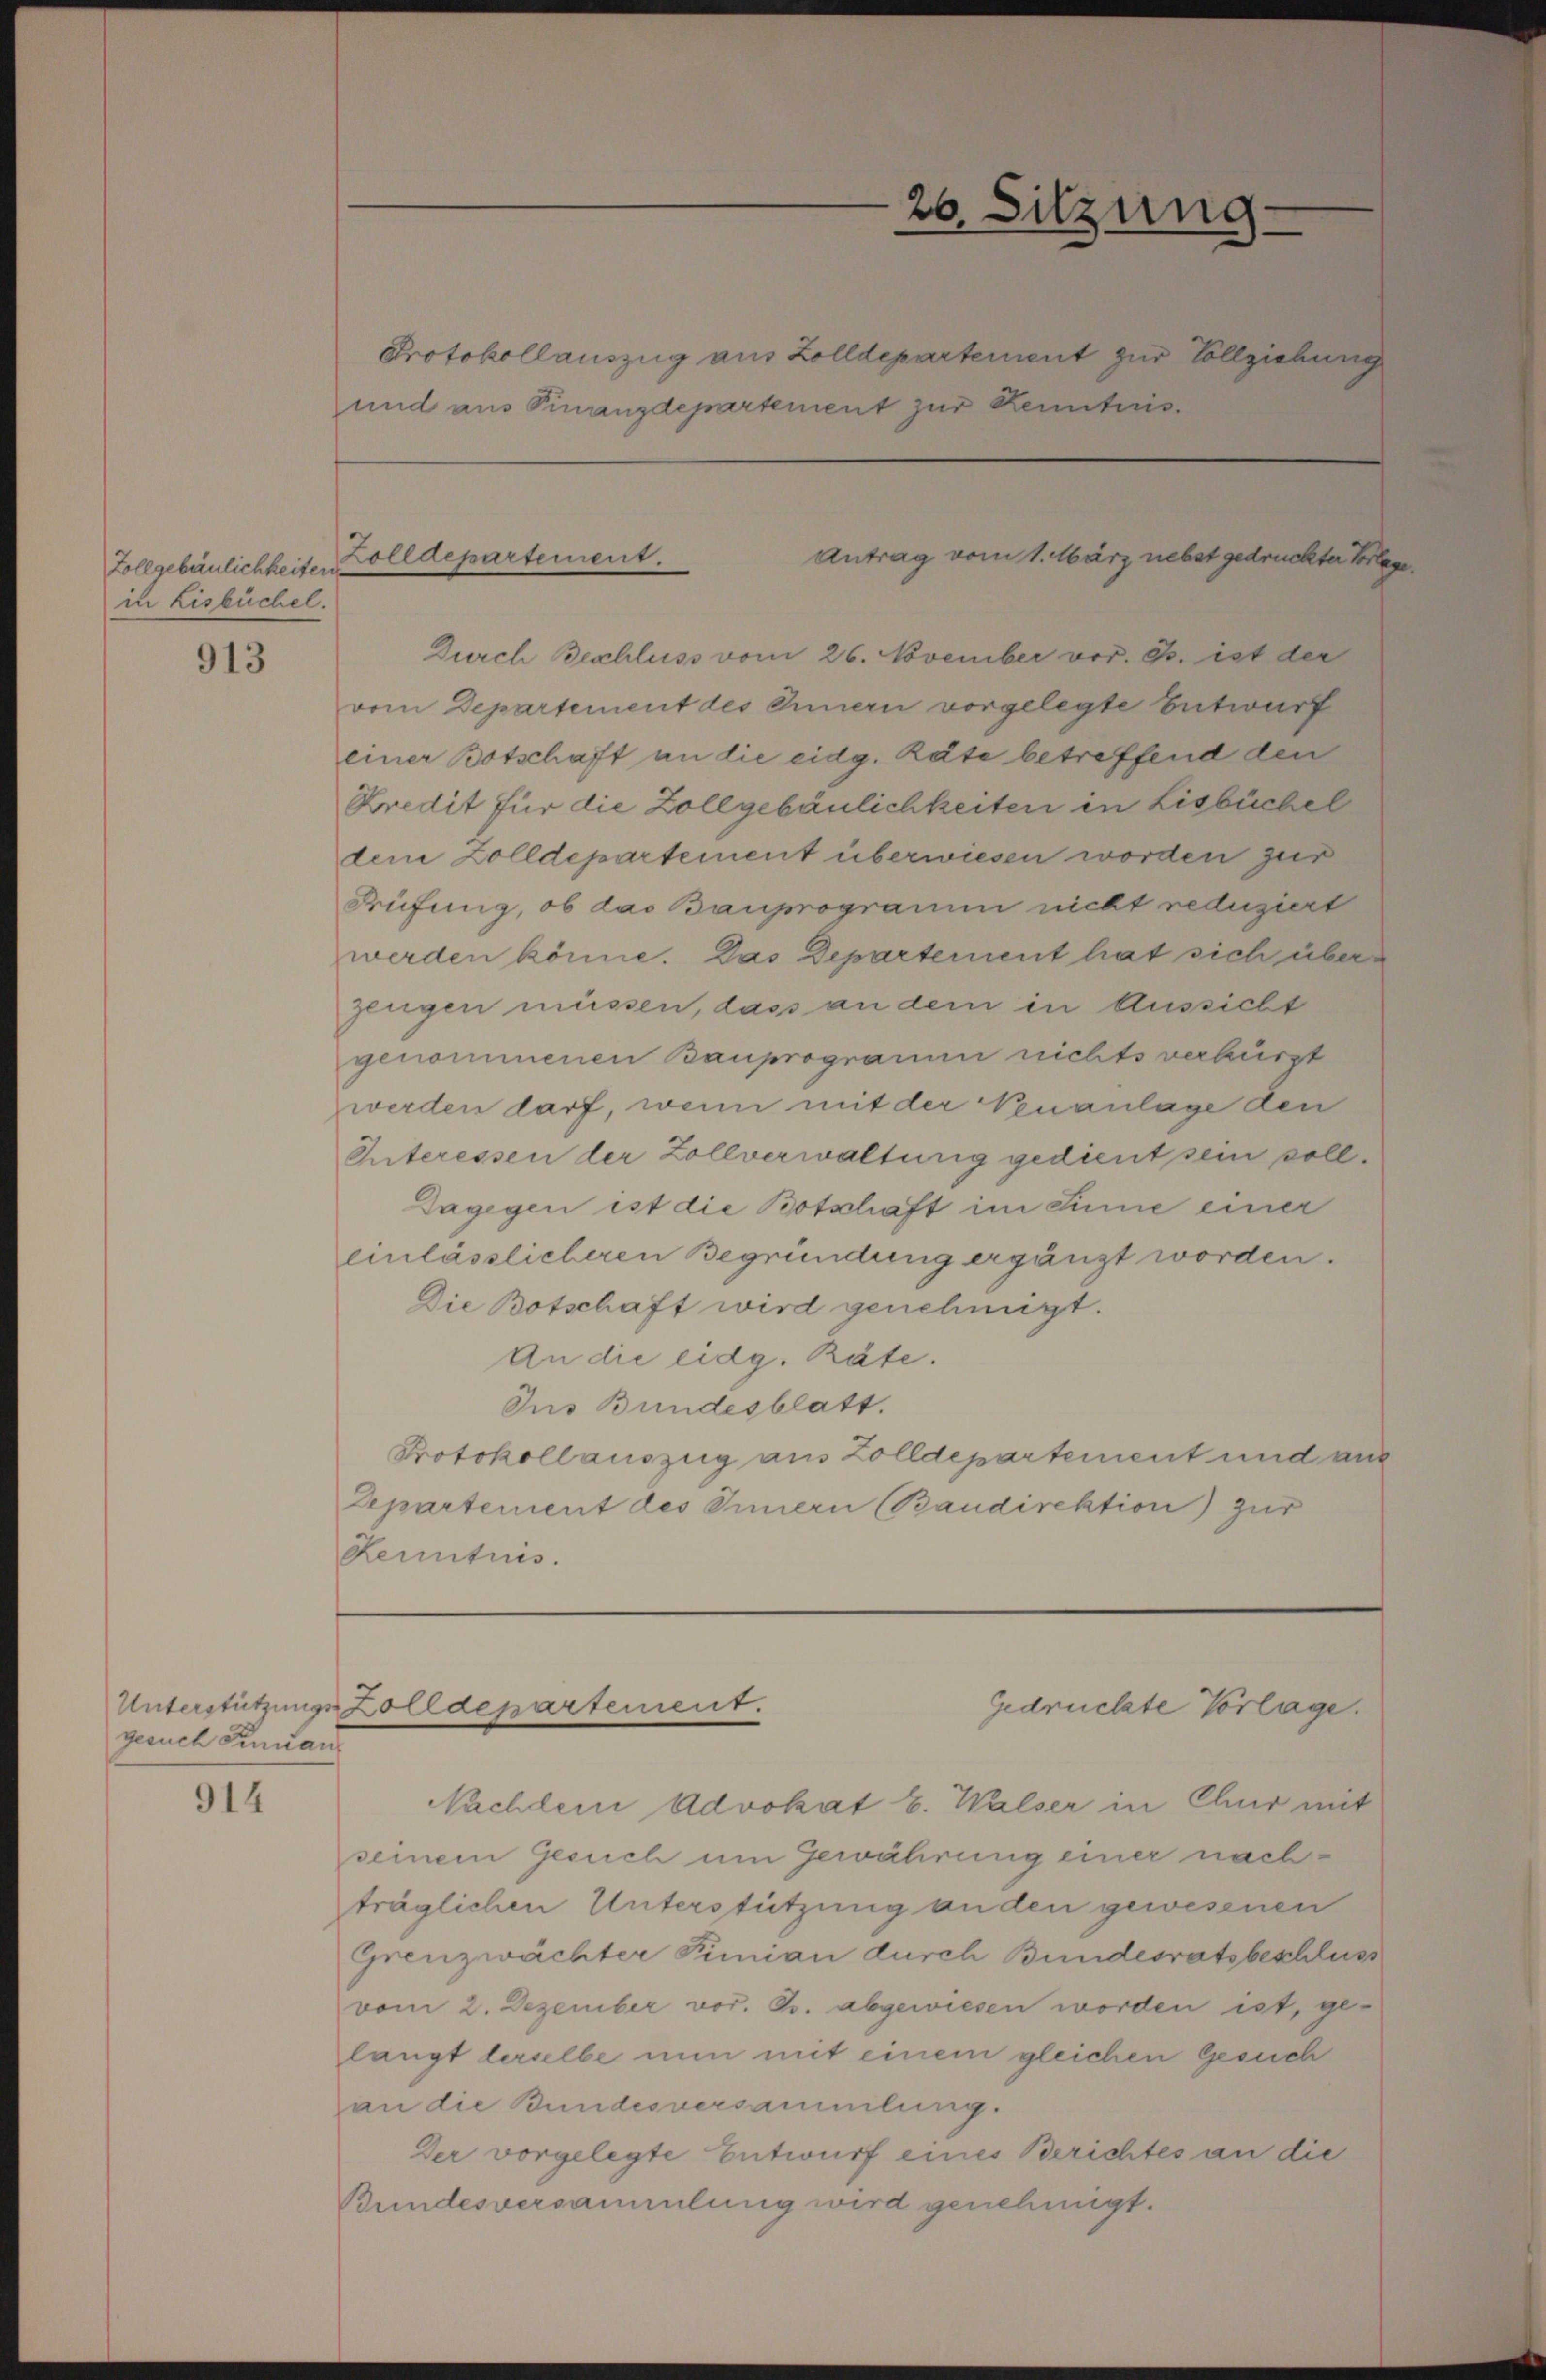
in Lisbüchel.

913

gesuch Finan

914

Protokollauszug aus Zolldepartement zur Vollziehung
und aus Finanzdepartement zur Kenntnis.

26. Sitzung

Antrag vom 1. März nebst gedruckter Vorlege.
Zollgebäulichkeiten alldepartement.

Durch Beschluss vom 26. November vor. Js. ist der
vom Departement des Innern vorgelegte Entwurf
einer Botschaft an die eidg. Räte betreffend den
Kredit für die Zollgebäulichkeiten in Lisbüchel
den Zolldepartement überwiesen worden zur
Prüfung, ob das Bauprogramm nicht reduziert
werden könne. Das Departement hat sich überzeugen müssen, dass an dem in Aussicht
genommenen Bauprogramm nichts verkürzt
werden darf, wenn mit der Venanlage den
Interessen der Zollverwaltung gedient sein soll.
Dagegen ist die Botschaft im Sinne einer
einlässlicheren Begründung ergänzt worden.
Die Botschaft wird genehmigt.
An die eidg. Räte.
Jus Bundesblatt.
Protokollauszug aus Zolldepartement und aus
Departement des Innern (Baudirektion) zur
Rerenturs.

Unterstützungen Zolldepartement.
Gedrückte Vorlage.

Nachdem Advokat E. Walser in Chur mit
seinem Gesuch um Gewährung einer nachträglichen Unterstützung an den gewesenen
Grenzwächter Simian durch Bundesratsbeschluss
vom 2. Dezember vor. Js. abgewiesen worden ist, gelangt lerselbe nun mit einem gleichen Gesuch
an die Bundesversammlung.
Der vorgelegte Entwurf eines Berichtes an die
Bundesversammlung wird genehmigt.